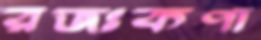
রজঃকণা